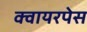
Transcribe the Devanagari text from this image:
क्वायरपेस